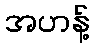
အဟန့်